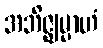
အဘိဇ္ဈမ္ပာဟံ